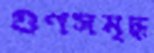
গুণসমৃদ্ধ